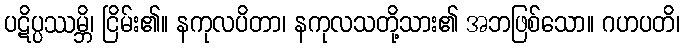
ပဋိပ္ပဿမ္ဘိ၊ ငြိမ်း၏။ နကုလပိတာ၊ နကုလသတို့သား၏ အဘဖြစ်သော။ ဂဟပတိ၊